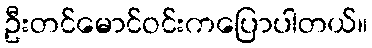
ဦးတင်မောင်ဝင်းကပြောပါတယ်။